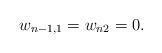
LaTeX: \begin{align*}w_{n-1,1}=w_{n2}=0.\end{align*}